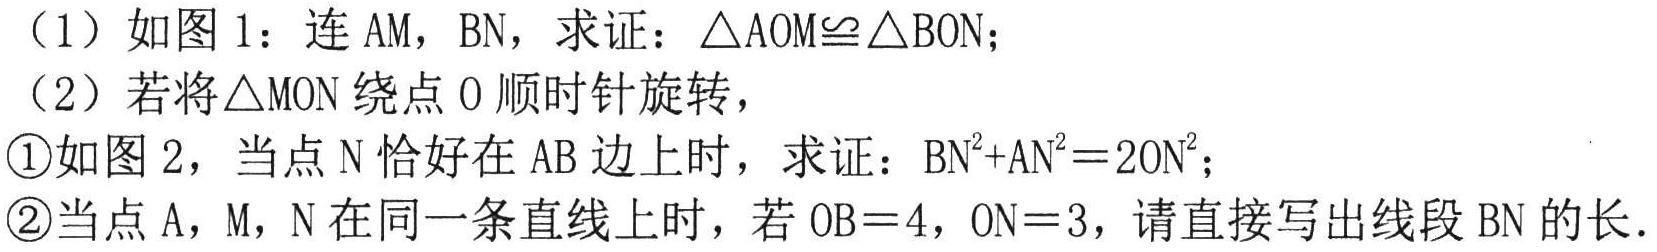
（1）如图1：连AM，BN，求证：\(\triangle AOM\cong\triangle BON\)；
（2）若将\(\triangle MON\)绕点O顺时针旋转，
\textcircled{1}如图2，当点N恰好在AB边上时，求证：\(BN^{2}+AN^{2}=2ON^{2}\)；
\textcircled{2}当点A，M，N在同一条直线上时，若\(OB = 4\)，\(ON = 3\)，请直接写出线段BN的长．